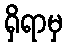
ရှိရာမှ